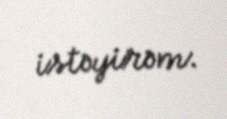
istəyirəm.